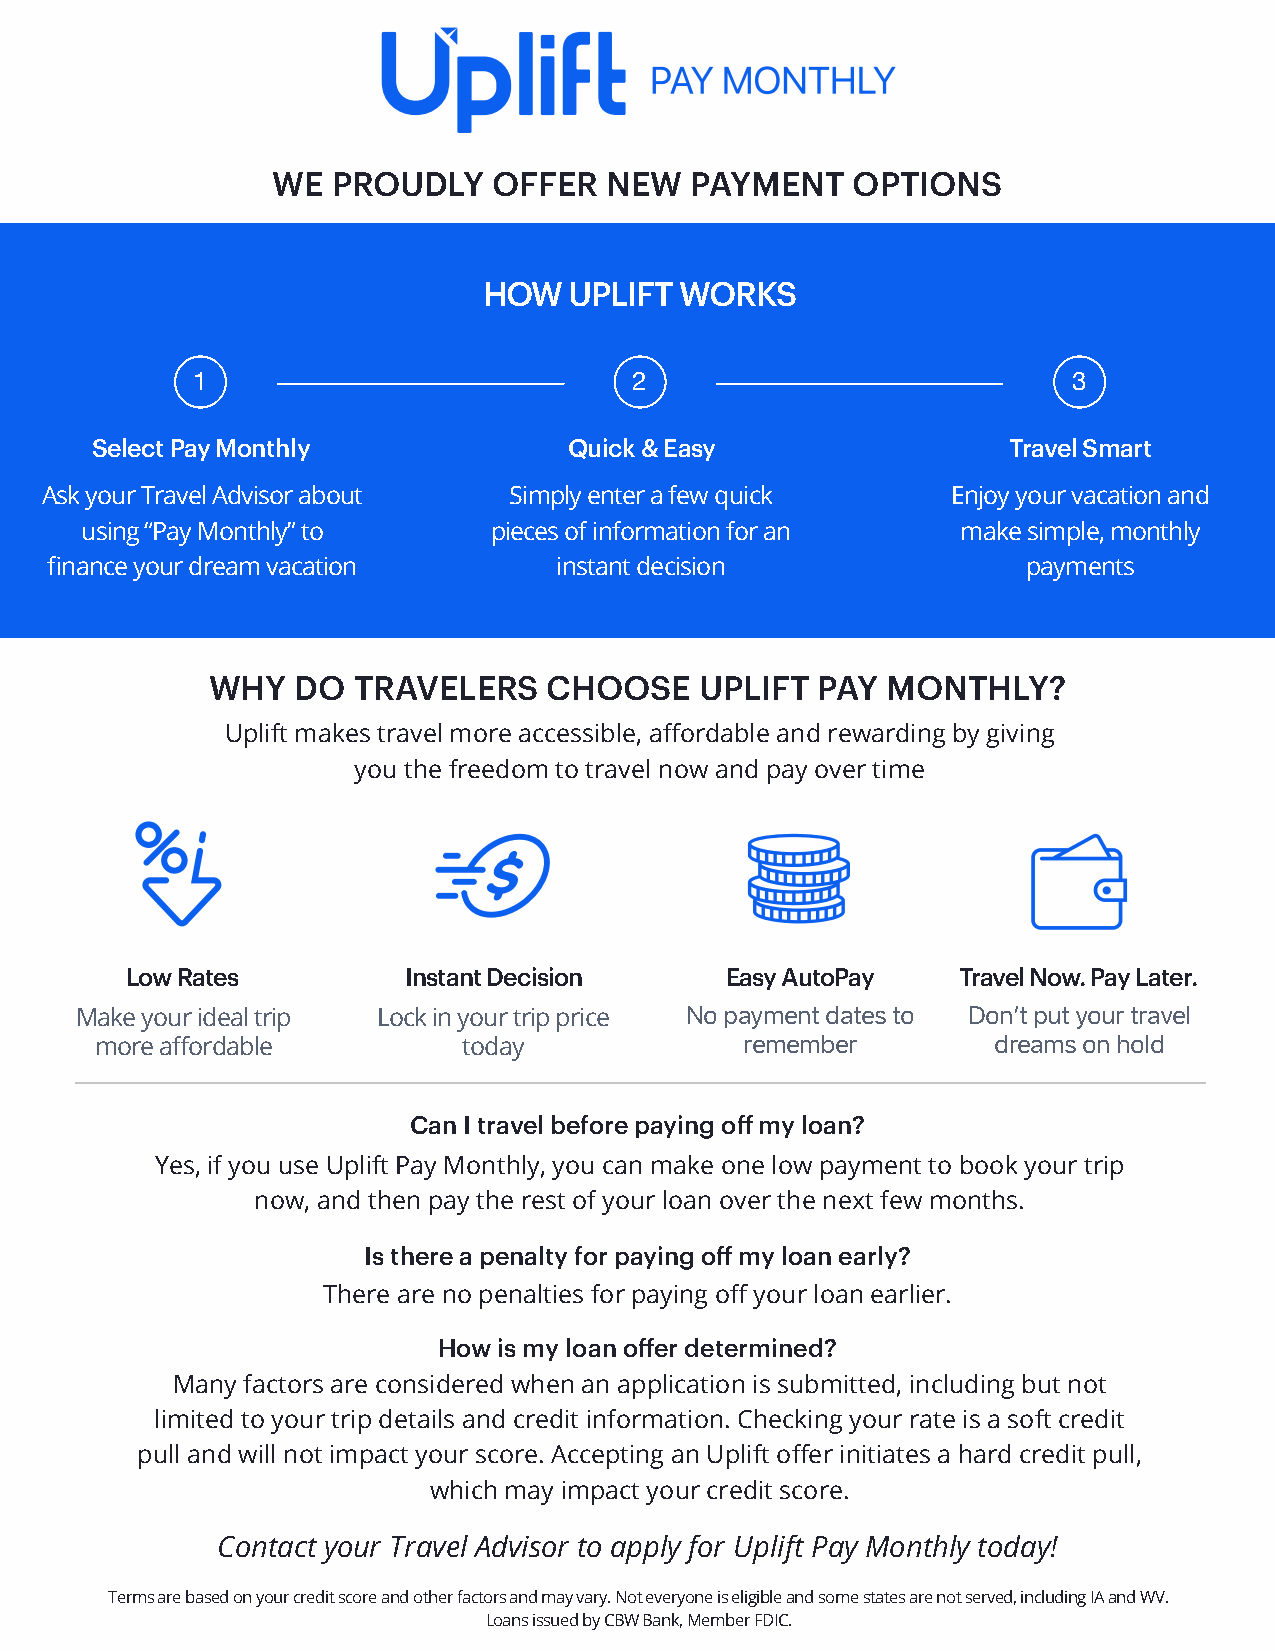
WE  PROUDLY    OFFER  NEW   PAYMENT   OPTIONS
 HOW   UPLIFT WORKS
 1                            2                            3
 Select Pay Monthly              Quick & Easy                 Travel Smart
 Ask your Travel Advisor about  Simply enter a few quick     Enjoy your vacation and
 using “Pay Monthly” to      pieces of information for an   make simple, monthly
 finance your dream vacation       instant decision               payments
 WHY   DO TRAVELERS    CHOOSE    UPLIFT  PAY  MONTHLY?
 Uplift makes travel more accessible, affordable and rewarding by giving
 you the freedom to travel now and pay over time
 Low Rates          Instant Decision     Easy AutoPay   Travel Now. Pay Later.
 Make your ideal trip Lock in your trip price No payment dates to Don’t put your travel
 more affordable          today             remember         dreams on hold
 Can I travel before paying off my loan?
 Yes, if you use Uplift Pay Monthly, you can make one low payment to book your trip
 now, and then pay the rest of your loan over the next few months.
 Is there a penalty for paying off my loan early?
 There are no penalties for paying off your loan earlier.
 How is my loan offer determined?
 Many factors are considered when an application is submitted, including but not
 limited to your trip details and credit information. Checking your rate is a soft credit
 pull and will not impact your score. Accepting an Uplift offer initiates a hard credit pull,
 which may impact your credit score.
 Contact your Travel Advisor to apply for Uplift Pay Monthly today!
 Terms are based on your credit score and other factors and may vary. Not everyone is eligible and some states are not served, including IA and WV.
 Loans issued by CBW Bank, Member FDIC.